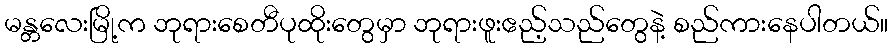
မန္တလေးမြို့က ဘုရားစေတီပုထိုးတွေမှာ ဘုရားဖူးဧည့်သည်တွေနဲ့ စည်ကားနေပါတယ်။